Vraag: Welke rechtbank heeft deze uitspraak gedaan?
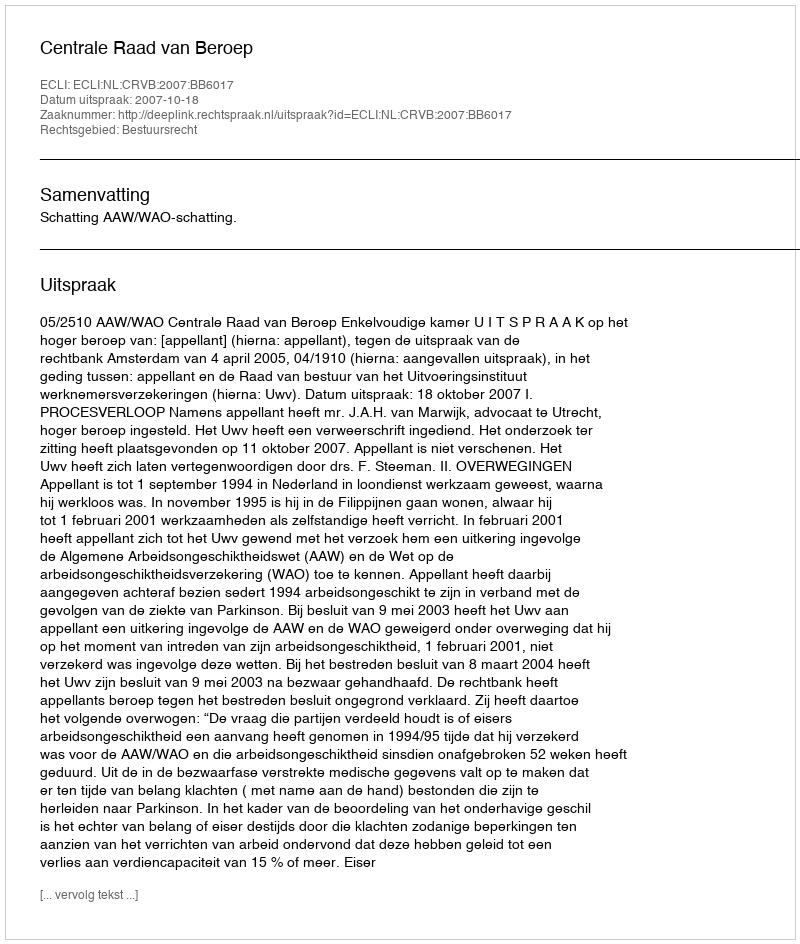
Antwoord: Centrale Raad van Beroep